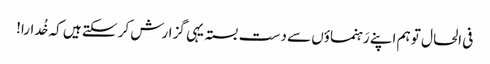
فی الحال تو ہم اپنے رَہنماؤں سے دست بستہ یہی گزارش کر سکتے ہیں کہ خُدارا!